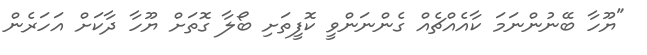
"ޔޫހާ ބޭނުންނަމަ ކާއެއްޗެއް ގެންނަންވީ ކޮފީތަށި ބޯލާ ގޮތަށް ޔޫހާ ދާކަށް އަހަރެން